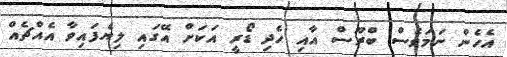
އެހެން ނަމަވެސް ބްރޫސް އާއި ހެދި ޑޯރީ އަކަށް އޭގައި ލިޔެފައިވާ އެއްޗެއް